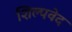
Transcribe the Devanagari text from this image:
शिल्पवेद